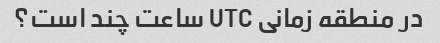
در منطقه زمانی UTC ساعت چند است؟